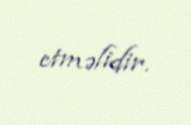
etməlidir.